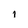
Character: 1